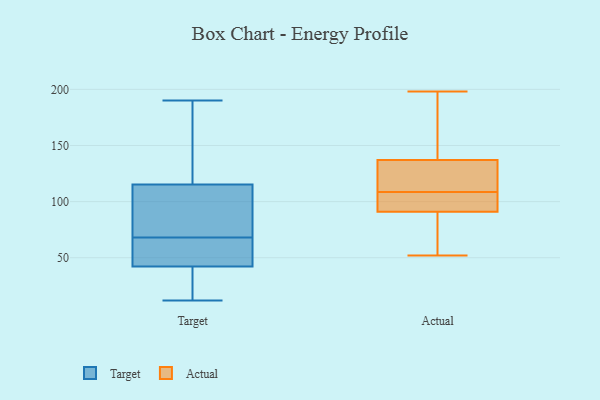
{"axis": {"x": "Page Views", "y": "Value"}, "legend": ["Actual", "Target"], "data": [{"x": "", "y": 12, "type": "Target"}, {"x": "", "y": 97, "type": "Target"}, {"x": "", "y": 49, "type": "Target"}, {"x": "", "y": 47, "type": "Target"}, {"x": "", "y": 28, "type": "Target"}, {"x": "", "y": 81, "type": "Target"}, {"x": "", "y": 50, "type": "Target"}, {"x": "", "y": 188, "type": "Target"}, {"x": "", "y": 79, "type": "Target"}, {"x": "", "y": 68, "type": "Target"}, {"x": "", "y": 18, "type": "Target"}, {"x": "", "y": 170, "type": "Target"}, {"x": "", "y": 190, "type": "Target"}, {"x": "", "y": 91, "type": "Actual"}, {"x": "", "y": 198, "type": "Actual"}, {"x": "", "y": 93, "type": "Actual"}, {"x": "", "y": 58, "type": "Actual"}, {"x": "", "y": 98, "type": "Actual"}, {"x": "", "y": 137, "type": "Actual"}, {"x": "", "y": 132, "type": "Actual"}, {"x": "", "y": 124, "type": "Actual"}, {"x": "", "y": 52, "type": "Actual"}, {"x": "", "y": 188, "type": "Actual"}, {"x": "", "y": 117, "type": "Actual"}, {"x": "", "y": 100, "type": "Actual"}, {"x": "", "y": 166, "type": "Actual"}, {"x": "", "y": 83, "type": "Actual"}]}